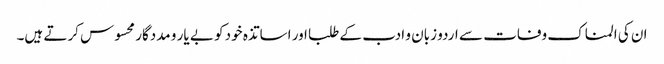
ان کی المناک وفات سے اردو زبان و ادب کے طلبا اور اساتذہ خود کو بے یار و مددگار محسوس کرتے ہیں۔